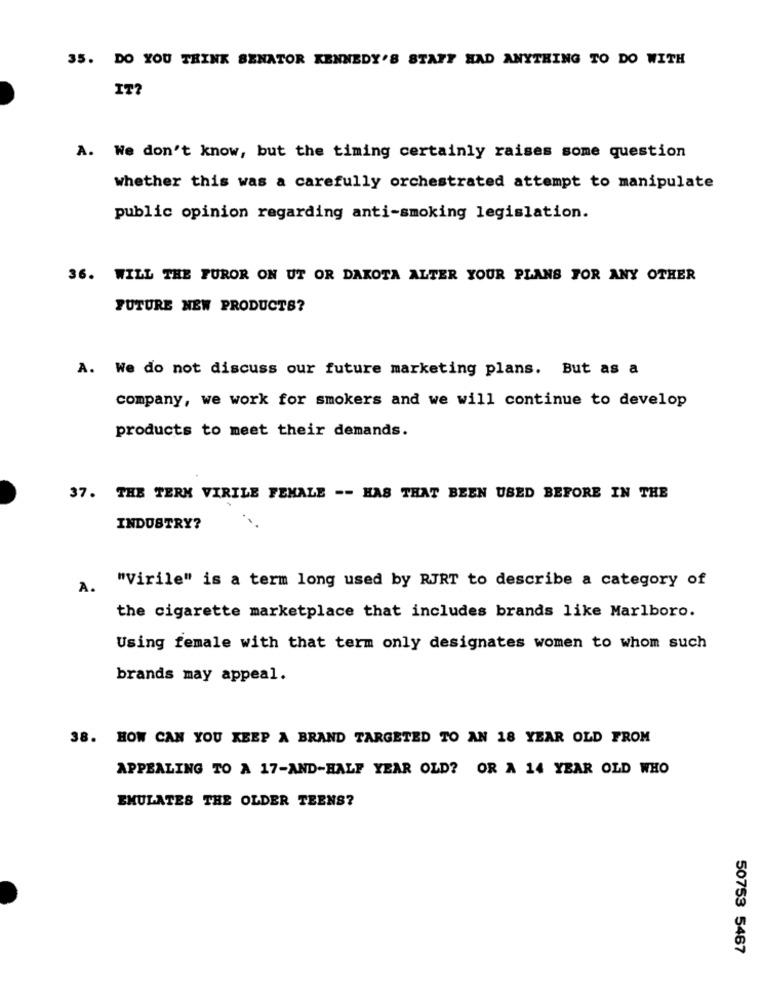
35. DO YOU THINK SENATOR KENNEDY'S STAFF HAD ANYTHING TO DO WITH
IT?
A. We don't know, but the timing certainly raises some question
whether this was a carefully orchestrated attempt to manipulate
public opinion regarding anti-smoking legislation.
36. WILL THE FUROR ON UT OR DAKOTA ALTER YOUR PLANS FOR ANY OTHER
FUTURE NEW PRODUCTS?
A. We do not discuss our future marketing plans. But as a
company, we work for smokers and we will continue to develop
products to meet their demands.
37. THE TERM VIRILE FEMALE -- HAS THAT BEEN USED BEFORE IN THE
INDUSTRY?
A. "Virile" is a term long used by RJRT to describe a category of
the cigarette marketplace that includes brands like Marlboro.
Using female with that term only designates women to whom such
brands may appeal.
38. HOW CAN YOU KEEP A BRAND TARGETED TO AN 18 YEAR OLD FROM
APPEALING TO A 17-AND-HALF YEAR OLD? OR A 14 YEAR OLD WHO
EMULATES THE OLDER TEENS?
50753 5467